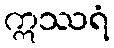
ဣဿရံ